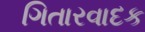
ગિતારવાદક